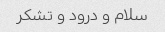
سلام و درود و تشکر